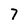
Character: 7